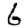
Digit: 6